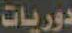
دوريات